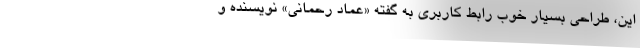
این، طراحی بسیار خوب رابط کاربری به گفته «عماد رحمانی» نویسنده و